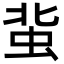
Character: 𧉥